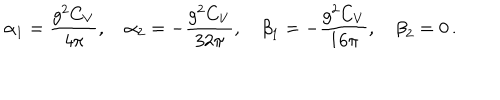
LaTeX: { \alpha } _ { 1 } = \displaystyle \frac { g ^ { 2 } C _ { V } } { 4 \pi } , \quad { \alpha } _ { 2 } = - \displaystyle \frac { g ^ { 2 } C _ { V } } { 3 2 \pi } , \quad { \beta } _ { 1 } = - \displaystyle \frac { g ^ { 2 } C _ { V } } { 1 6 \pi } , \quad { \beta } _ { 2 } = 0 \, .